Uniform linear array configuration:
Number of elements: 64
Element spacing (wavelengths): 0.25
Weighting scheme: kaiser
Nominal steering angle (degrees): -60
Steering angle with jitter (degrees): -61.049
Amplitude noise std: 0.05
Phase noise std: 0.05

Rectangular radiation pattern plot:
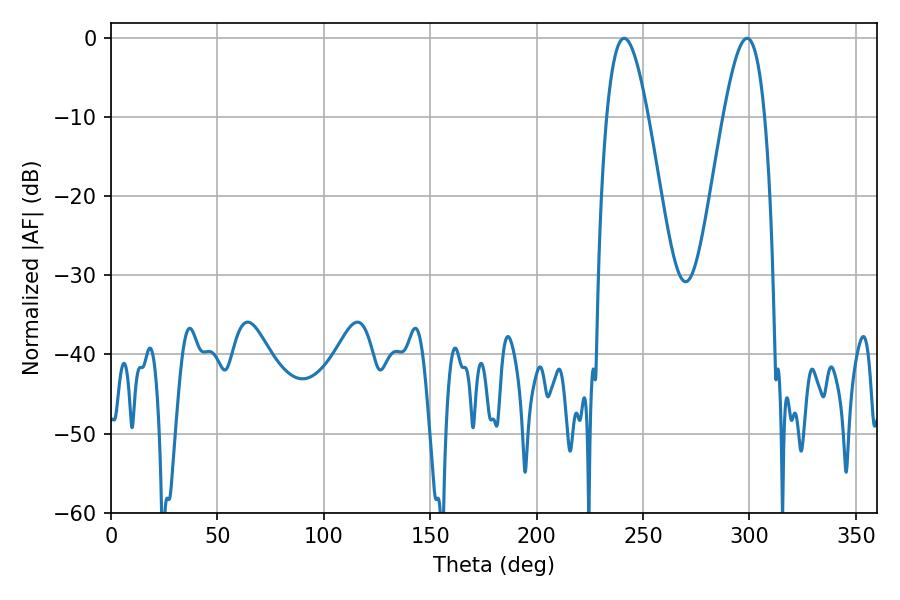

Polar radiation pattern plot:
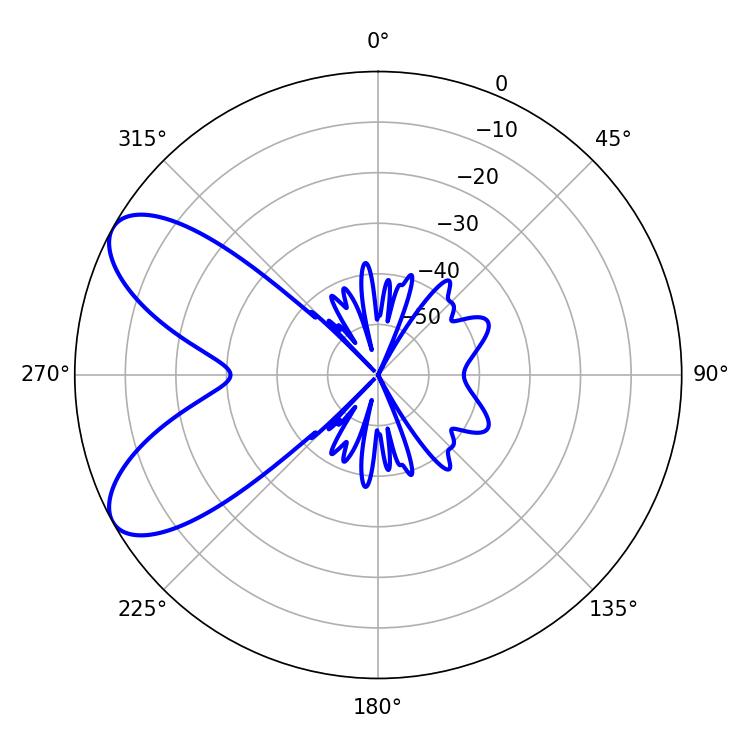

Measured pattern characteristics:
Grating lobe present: FALSE
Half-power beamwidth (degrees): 10.44
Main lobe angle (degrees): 241.2